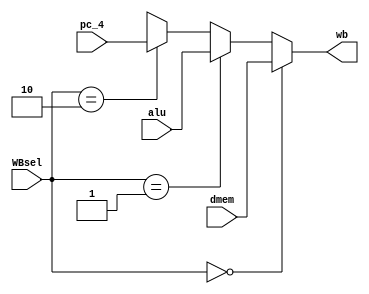
`timescale 1ns / 1ps

module mux4 (
    input [31:0] dmem,alu,pc_4,
    input [1:0] WBsel,
    output reg [31:0] wb
);
    always @(*) begin
       if (WBsel == 0) wb = dmem;
       else if (WBsel == 1) wb = alu;
       else if (WBsel == 2) wb = pc_4;
       else wb = 32'bx;
    end
    
endmodule